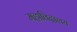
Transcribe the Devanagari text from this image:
महाविदालय